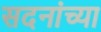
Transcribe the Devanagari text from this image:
सदनांच्या